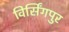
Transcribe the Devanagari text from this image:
विर्सिंगपुर